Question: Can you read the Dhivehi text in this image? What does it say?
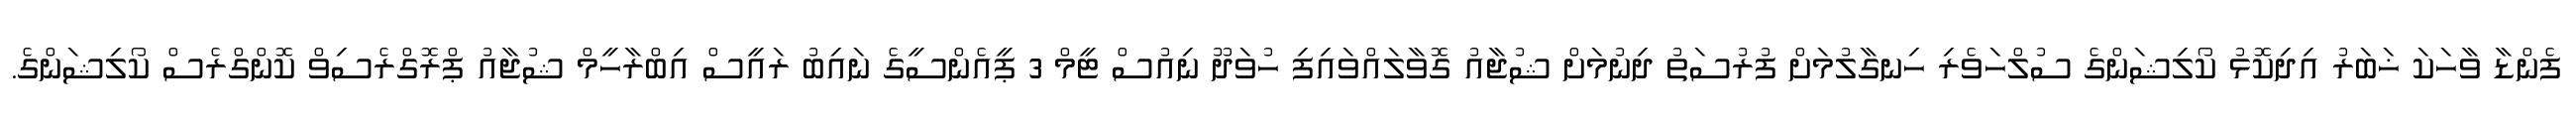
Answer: ފެންޑާ ވާހަކަ ޚަބަރު އިދިކޮޅު ކޯލިޝަންގެ ސުލްހަވެރި ހިނގާލުމަށް ފުރުސަތު ދިނުމަށް ޝުޖާއު ގޮވާލައްވައިފި ހުވަދޫ ނިއުސް ޓީމް 3 ޕީއެންސީގެ ނައިބު ރައީސް އިބްރާހީމް ޝުޖާއު ޕްރޮގްރެސިވް ކޮންގްރެސް ކޯލިޝަންގެ.